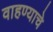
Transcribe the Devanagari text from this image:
वाहण्याचे